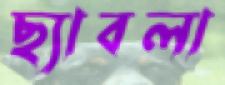
ছ্যাবলা